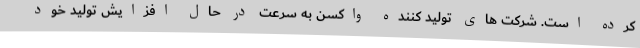
کرده است. شرکت های تولید کننده واکسن به سرعت در حال افزایش تولید خود